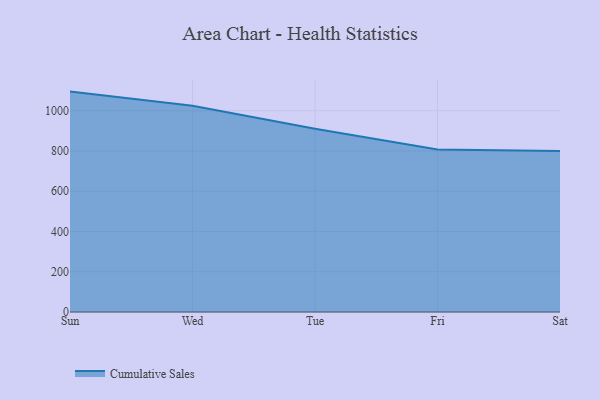
{"axis": {"x": "Day", "y": "Market Share (%)"}, "legend": ["Cumulative Sales"], "data": [{"x": "Sun", "y": 1095.0, "type": "Cumulative Sales"}, {"x": "Wed", "y": 1025.0, "type": "Cumulative Sales"}, {"x": "Tue", "y": 910.8, "type": "Cumulative Sales"}, {"x": "Fri", "y": 807.2, "type": "Cumulative Sales"}, {"x": "Sat", "y": 800, "type": "Cumulative Sales"}]}